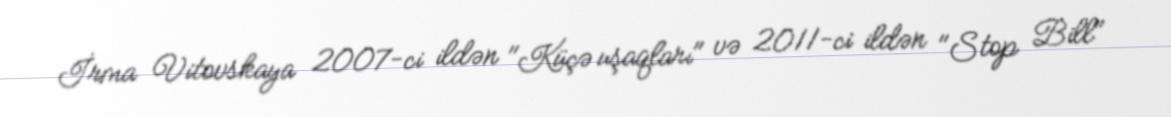
İrma Vitovskaya 2007-ci ildən "Küçə uşaqları" və 2011-ci ildən "Stop Bill"